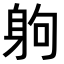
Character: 𨈳